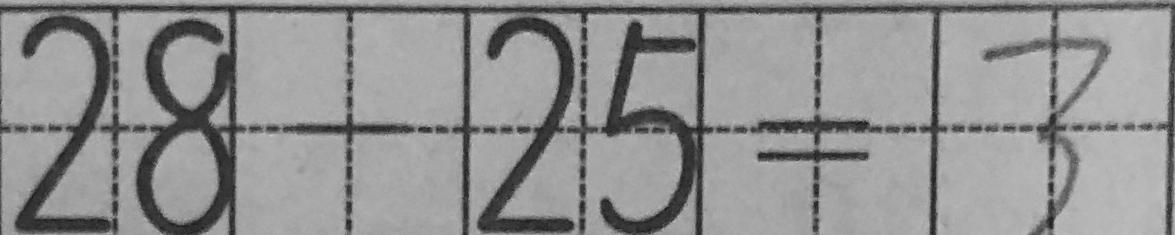
2 8 - 2 5 = 3